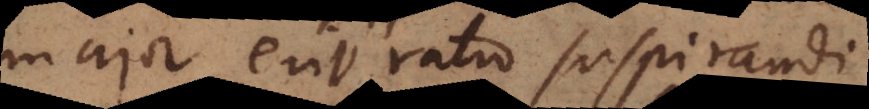
major erit ratio suspirandi.